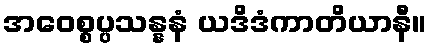
အဝေစ္စပ္ပသန္နနံ ယဒိဒံကာတိယာနီ။